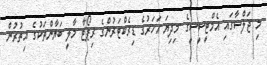
މި ޖަލްސާގައި އެމްޓީސީސީގެ މިދިޔަ އަހަރުގެ ޑިރެކްޓަރުންގެ ރިޕޯޓާ މާލީ ބަޔާންތަކުގެ އިތުރުން